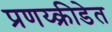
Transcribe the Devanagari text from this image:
प्रणय्क्रीडेत